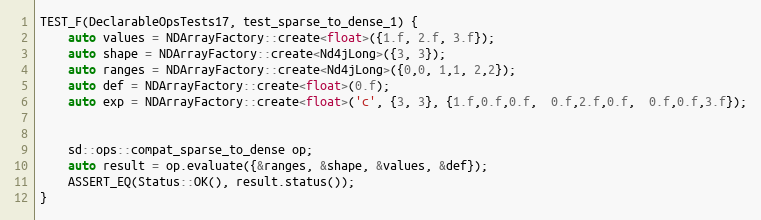
Language: C++
TEST_F(DeclarableOpsTests17, test_sparse_to_dense_1) {
    auto values = NDArrayFactory::create<float>({1.f, 2.f, 3.f});
    auto shape = NDArrayFactory::create<Nd4jLong>({3, 3});
    auto ranges = NDArrayFactory::create<Nd4jLong>({0,0, 1,1, 2,2});
    auto def = NDArrayFactory::create<float>(0.f);
    auto exp = NDArrayFactory::create<float>('c', {3, 3}, {1.f,0.f,0.f,  0.f,2.f,0.f,  0.f,0.f,3.f});

    sd::ops::compat_sparse_to_dense op;
    auto result = op.evaluate({&ranges, &shape, &values, &def});
    ASSERT_EQ(Status::OK(), result.status());
}